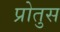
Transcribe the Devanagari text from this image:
प्रोतुस